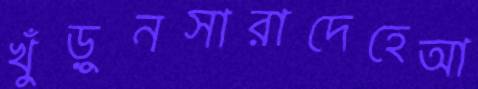
খুঁড়ুনসারাদেহেআ